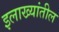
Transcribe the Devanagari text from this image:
इलाख्यांतील